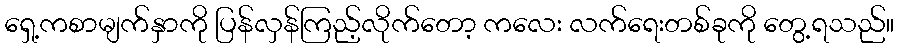
ရှေ့ကစာမျက်နှာကို ပြန်လှန်ကြည့်လိုက်တော့ ကလေး လက်ရေးတစ်ခုကို တွေ့ရသည်။